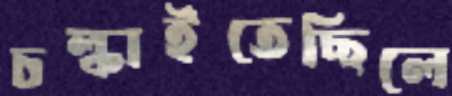
চল্‌কাইতেছিলে